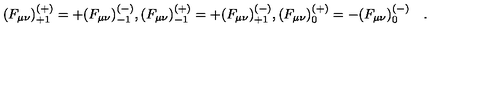
( F _ { \mu \nu } ) _ { + 1 } ^ { ( + ) } = + ( F _ { \mu \nu } ) _ { - 1 } ^ { ( - ) } , ( F _ { \mu \nu } ) _ { - 1 } ^ { ( + ) } = + ( F _ { \mu \nu } ) _ { + 1 } ^ { ( - ) } , ( F _ { \mu \nu } ) _ { 0 } ^ { ( + ) } = - ( F _ { \mu \nu } ) _ { 0 } ^ { ( - ) } \quad .